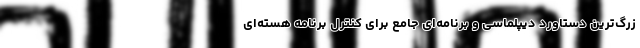
زرگ‌ترین دستاورد دیپلماسی و برنامه‌ای جامع برای کنترل برنامه هسته‌ای